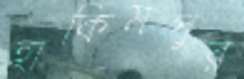
হাকিমপুর